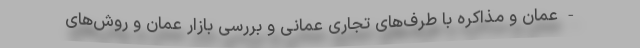
- عمان و مذاکره با طرف‌های تجاری عمانی و بررسی بازار عمان و روش‌های